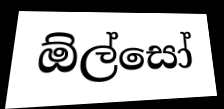
ඕල්සෝ